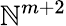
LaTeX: \mathbb{N}^{m+2}